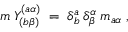
m \: Y _ { ( b \beta ) } ^ { ( a \alpha ) } \; = \; \delta _ { b } ^ { a } \: \delta _ { \beta } ^ { \alpha } \: m _ { a \alpha } \; ,